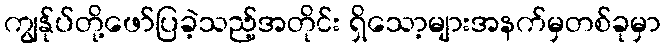
ကျွန်ုပ်တို့ဖော်ပြခဲ့သည့်အတိုင်း ရှိသော့များအနက်မှတစ်ခုမှာ